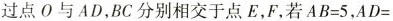
过点O与AD，BC分别相交于点E，F，若$$A B = 5$$，$$A D =$$